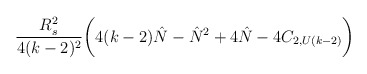
\begin{align*}{R_s^2\over 4(k-2)^2}\biggl(4(k-2){\hat N}-{\hat N}^2+4{\hat N}-4C_{2,U(k-2)}\biggr)\end{align*}